Report on vaccination proceedings throughout the Government of Bengal -
Year: 1868
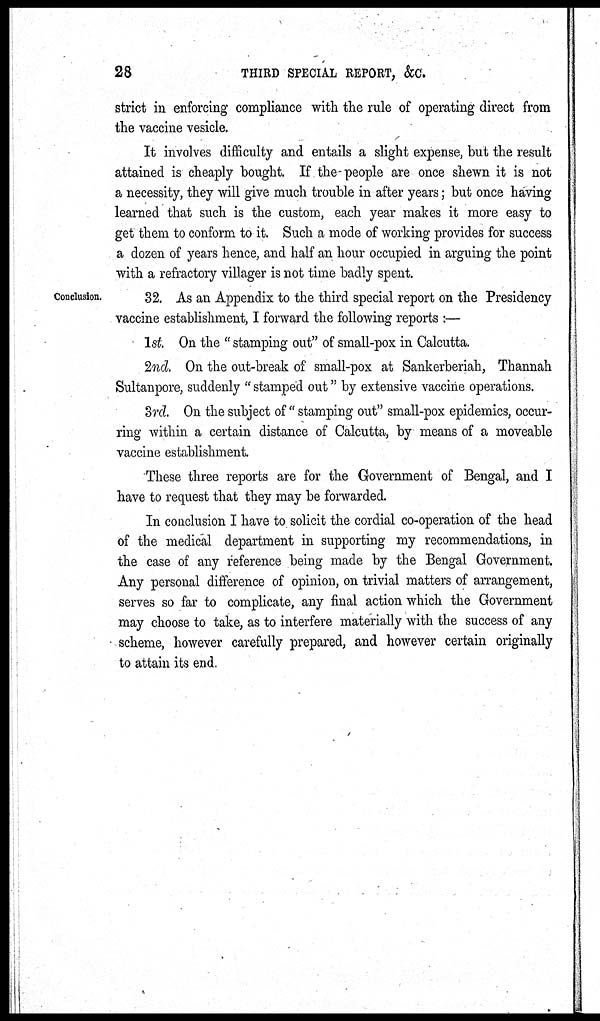
28
THIRD SPECIAL REPORT, &C.
strict in enforcing compliance with the rule of operating direct from
the vaccine vesicle.
It involves difficulty and entails a slight expense, but the result
attained is cheaply bought. If the people are once shewn it is not
a necessity, they will give much trouble in after years; but once having
learned that such is the custom, each year makes it more easy to
get them to conform to it. Such a mode of working provides for success
a dozen of years hence, and half an hour occupied in arguing the point
with a refractory villager is not time badly spent.
Conclusion.
32. As an Appendix to the third special report on the Presidency
vaccine establishment, I forward the following reports :—
1st. On the " stamping out" of small-pox in Calcutta.
2nd. On the out-break of small-pox at Sankerberiah, Thannah
Sultanpore, suddenly " stamped out" by extensive vaccine operations.
3rd. On the subject of "stamping out" small-pox epidemics, occur-
ring within a certain distance of Calcutta, by means of a moveable
vaccine establishment.
These three reports are for the Government of Bengal, and I
have to request that they may be forwarded.
In conclusion I have to solicit the cordial co-operation of the head
of the medical department in supporting my recommendations, in
the case of any reference being made by the Bengal Government.
Any personal difference of opinion, on trivial matters of arrangement,
serves so far to complicate, any final action which the Government
may choose to take, as to interfere materially with the success of any
scheme, however carefully prepared, and however certain originally
to attain its end.